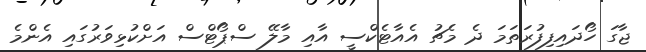
ޖާގަ ހޯދައިފިފުރަތަމަ ދެ މެޗު އެއާޓެކްސީ އާއި މާލޭ ސްޕޯޓްސް އަށްކުޅިވަރުގައި އެންމެ